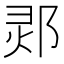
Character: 𲆔